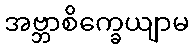
အဗ္ဘာစိက္ခေယျာမ